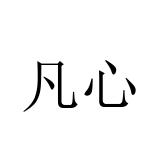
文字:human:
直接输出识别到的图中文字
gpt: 凡心